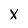
Character: X